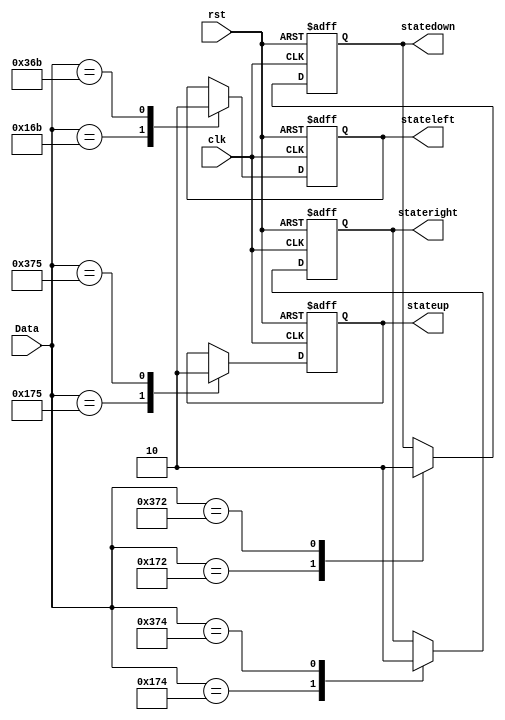
`timescale 1ns / 1ps
//////////////////////////////////////////////////////////////////////////////////
// Company: 
// Engineer: 
// 
// Design Name: 
// Module Name:    state 
// Project Name: 
// Target Devices: 
// Tool versions: 
// Description: 
//
// Dependencies: 
//
// Revision: 
// Revision 0.01 - File Created
// Additional Comments: 
//
//////////////////////////////////////////////////////////////////////////////////
module state(
    output reg stateleft,
    output reg stateright,
    output reg statedown,
    output reg stateup,
    input clk,
    input rst,
    input [9:0] Data
    );
    
always@(posedge clk, posedge rst) begin
    if(rst) stateleft <= 0;
    else begin
        case(Data)
        {2'b01,8'h6B}: stateleft <= 1;
        {2'b11,8'h6B}: stateleft <= 0;
        default: stateleft <= stateleft;
        endcase
    end
end

always@(posedge clk, posedge rst) begin
    if(rst) stateright <= 0;
    else begin
        case(Data)
        {2'b01,8'h74}: stateright <= 1;
        {2'b11,8'h74}: stateright <= 0;
        default: stateright <= stateright;
        endcase
    end
end
//getkeyvalue=={2'b01,8'h74}
always@(posedge clk, posedge rst) begin
    if(rst) stateup <= 0;
    else begin
        case(Data)
        {2'b01,8'h75}: stateup <= 1;
        {2'b11,8'h75}: stateup <= 0;
        default: stateup <= stateup;
        endcase
    end
end

always@(posedge clk, posedge rst) begin
    if(rst) statedown <= 0;
    else begin
        case(Data)
        {2'b01,8'h72}: statedown <= 1;
        {2'b11,8'h72}: statedown <= 0;
        default: statedown <= statedown;
        endcase
    end
end

endmodule